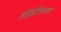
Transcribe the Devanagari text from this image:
सॉक्रेटिसलाच